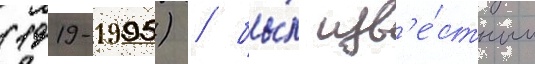
(1919-1995) / бы́л изв'е́стным